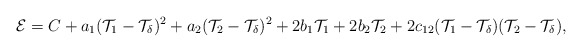
\begin{align*}\mathcal{E}=C+a_1(\mathcal{T}_1-\mathcal{T}_\delta)^2+a_2(\mathcal{T}_2-\mathcal{T}_\delta)^2+2b_1\mathcal{T}_1+2b_2\mathcal{T}_2+2c_{12}(\mathcal{T}_1-\mathcal{T}_\delta)(\mathcal{T}_2-\mathcal{T}_\delta),\end{align*}